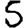
Digit: 5